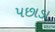
પછાડા